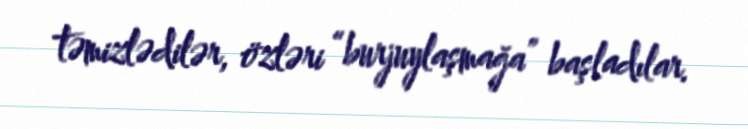
təmizlədilər, özləri “burjuylaşmağa” başladılar.